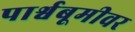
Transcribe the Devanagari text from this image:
पार्श्वबूमीवर